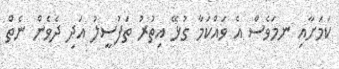
ކަމަށާއި ނމަވެސް އެ ވައްކަމާ ގުޅޭ އިތުރު ތަފުސީލު އަދި ދެވެން ނެތް